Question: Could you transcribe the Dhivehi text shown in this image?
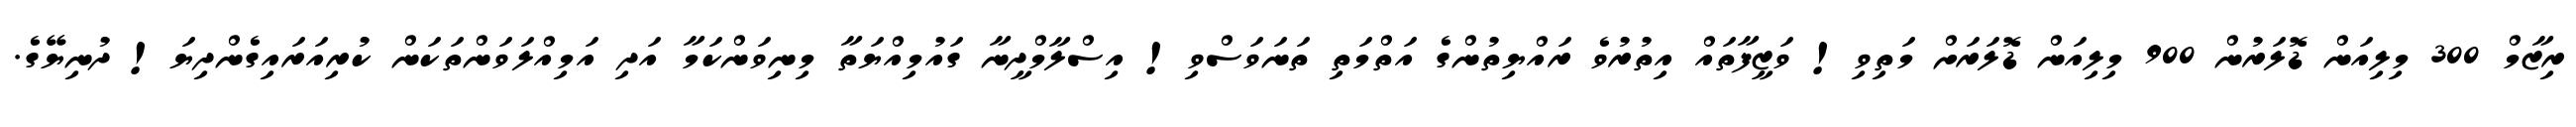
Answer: ރިޒާމް 300 މިލިއަން ޑޮލަރުން 900 މިލިއަން ޑޮލަރަށް މަތިވި! ވަޒީފާތައް އިތުރުވެ ރައްޔިތުންގެ އަތްމަތި ތަނަވަސްވި! އިސްލާމްދީނާ ގައުމިއްޔަތާ މިނިވަންކަމާ އަދި އަމިއްލަވަންތަކަން ކުރިއަރައިގެންދިޔަ! ދުނިޔޭގެ.